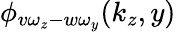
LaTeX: \phi_{v\omega_{z}-w\omega_{y}}(k_{z},y)